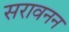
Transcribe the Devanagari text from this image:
सरावनन